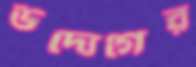
উদ্যেগের